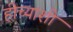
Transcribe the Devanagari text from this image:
हीच्याशी